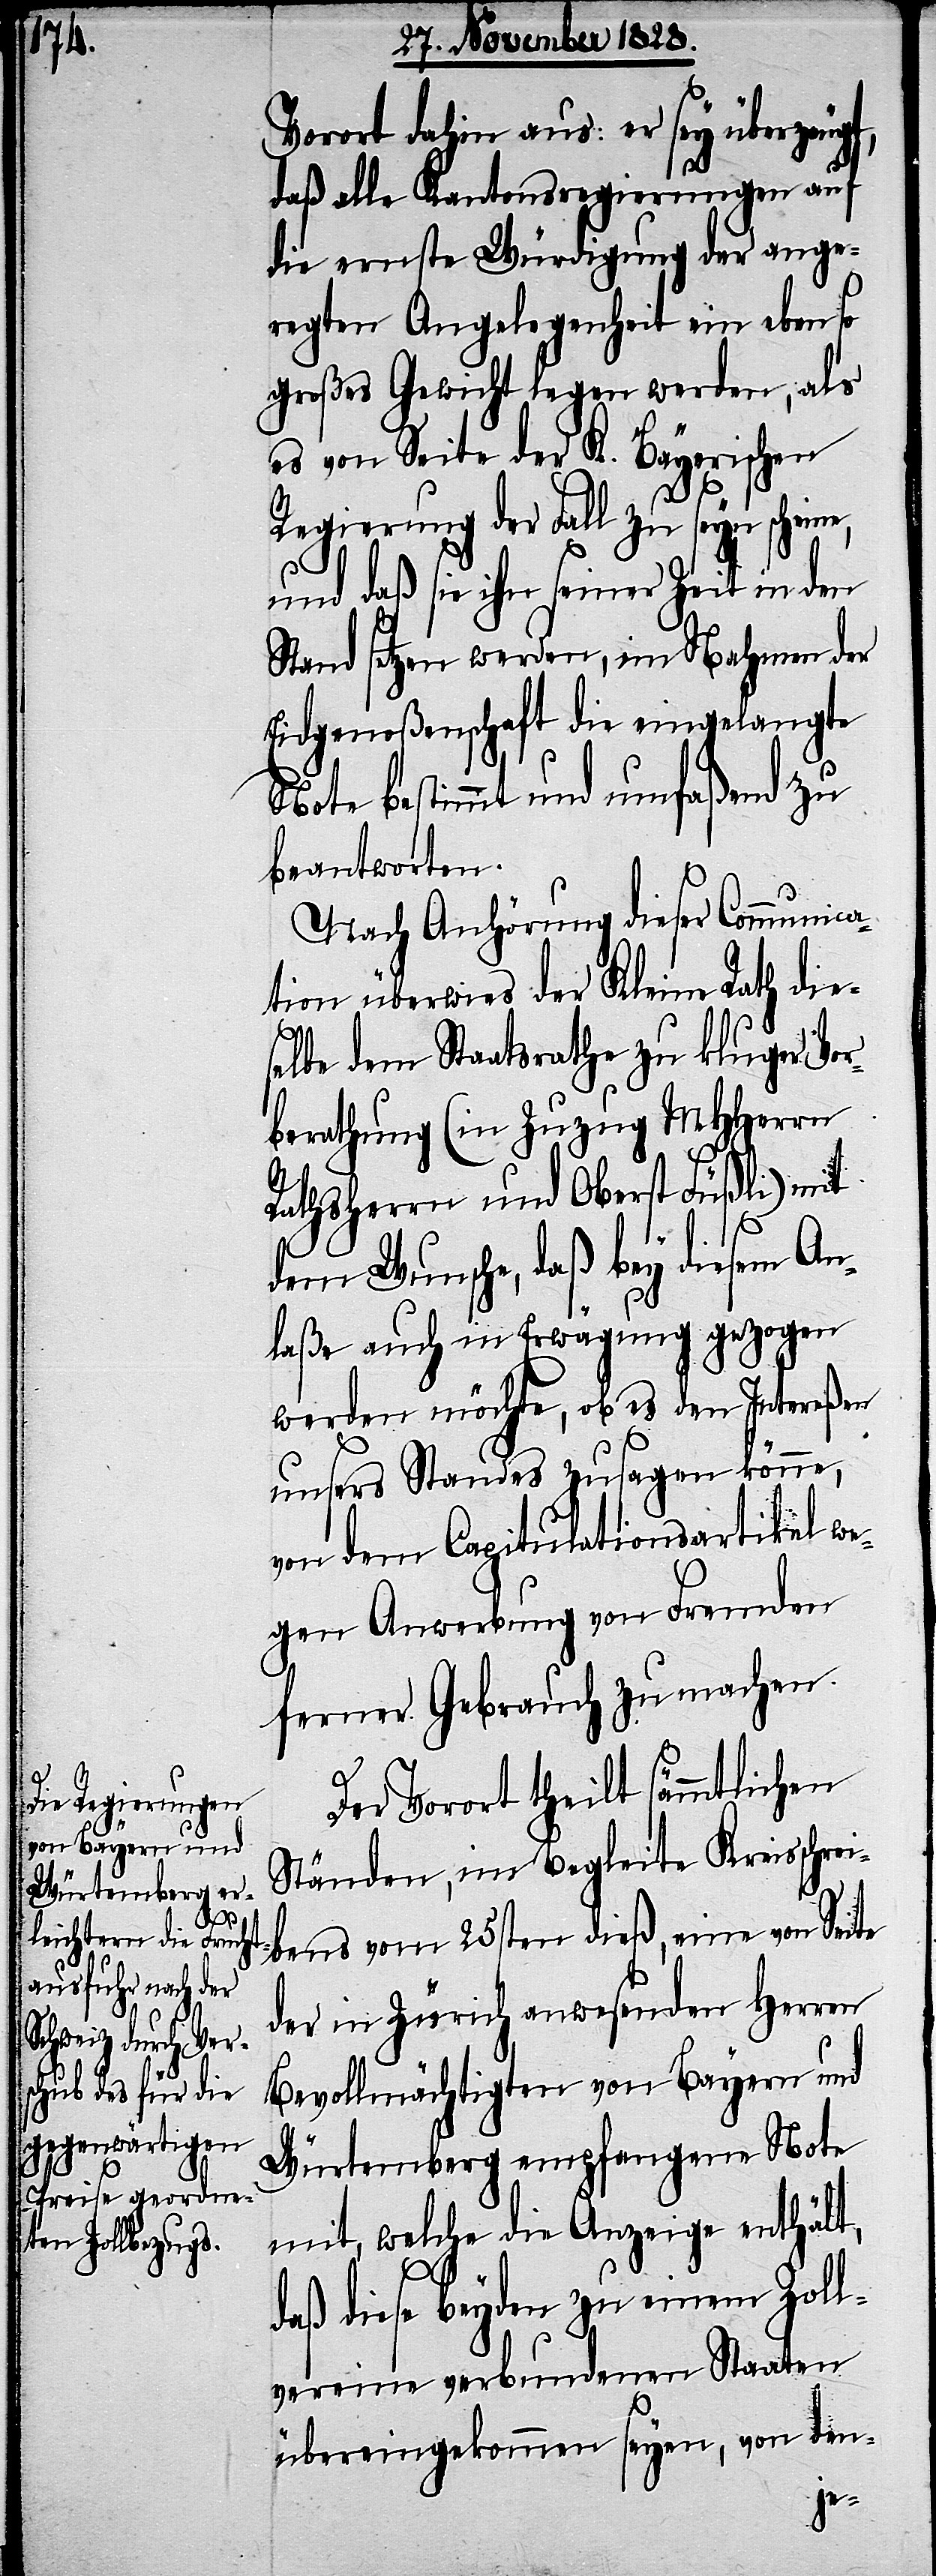
d¬

Vorort dahin aus: er sey überzeugt,
daß alle Kantonsregierungen auf
die ernste Würdigung der ange¬
regten Angelegenheit ein ebenso
großes Gewicht legen werden, als
es von Seite der K. Bayerischen
Regierung der Fall zu seyn scheine,
und daß sie ihn seiner Zeit in den
Stand setzen werden, im Nahmen der
Eidgenoßenschaft die eingelangte
Note bestimmt und umfaßend zu
beantworten.
Nach Anhörung dieser Communica¬
tion überwies der Kleine Rath die¬
selbe dem Staatsrathe zu kluger Vor¬
berathung (in Zuzug MHHerrn
Rathsherrn und Oberst Füßli) mit
dem Wunsche, daß bey diesem An¬
laße auch in Erwägung gezogen
werden möchte, ob es den Intereßen
unsers Standes zusagen könne,
von dem Capitulationsartikel we¬
gen Anwerbung von Fremden
ferner Gebrauch zu machen.
Der Vorort theilt sämmtlichen
Ständen, im Begleite Kreisschrei¬
bens vom 25sten dieß, eine von Seite
der in Zürich anwesenden Herren
Bevollmächtigten von Bayern und
Würtemberg empfangene Note
mit, welche die Anzeige enthält,
aß diese beyden zu einem Zol¬
lvereine verbundenen Staaten
übereingekommen seyen, von den-